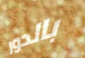
بالدور